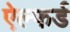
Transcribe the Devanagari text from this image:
ऐल्फर्ड